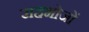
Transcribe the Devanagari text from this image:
सहभोजों